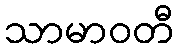
သာမာဝတီ